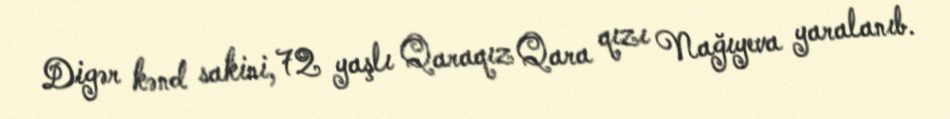
Digər kənd sakini, 72 yaşlı Qaraqız Qara qızı Nağıyeva yaralanıb.